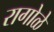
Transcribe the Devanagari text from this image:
रागोळे